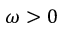
\omega > 0